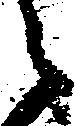
之